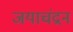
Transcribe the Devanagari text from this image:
जयाचंद्रन